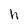
Character: h